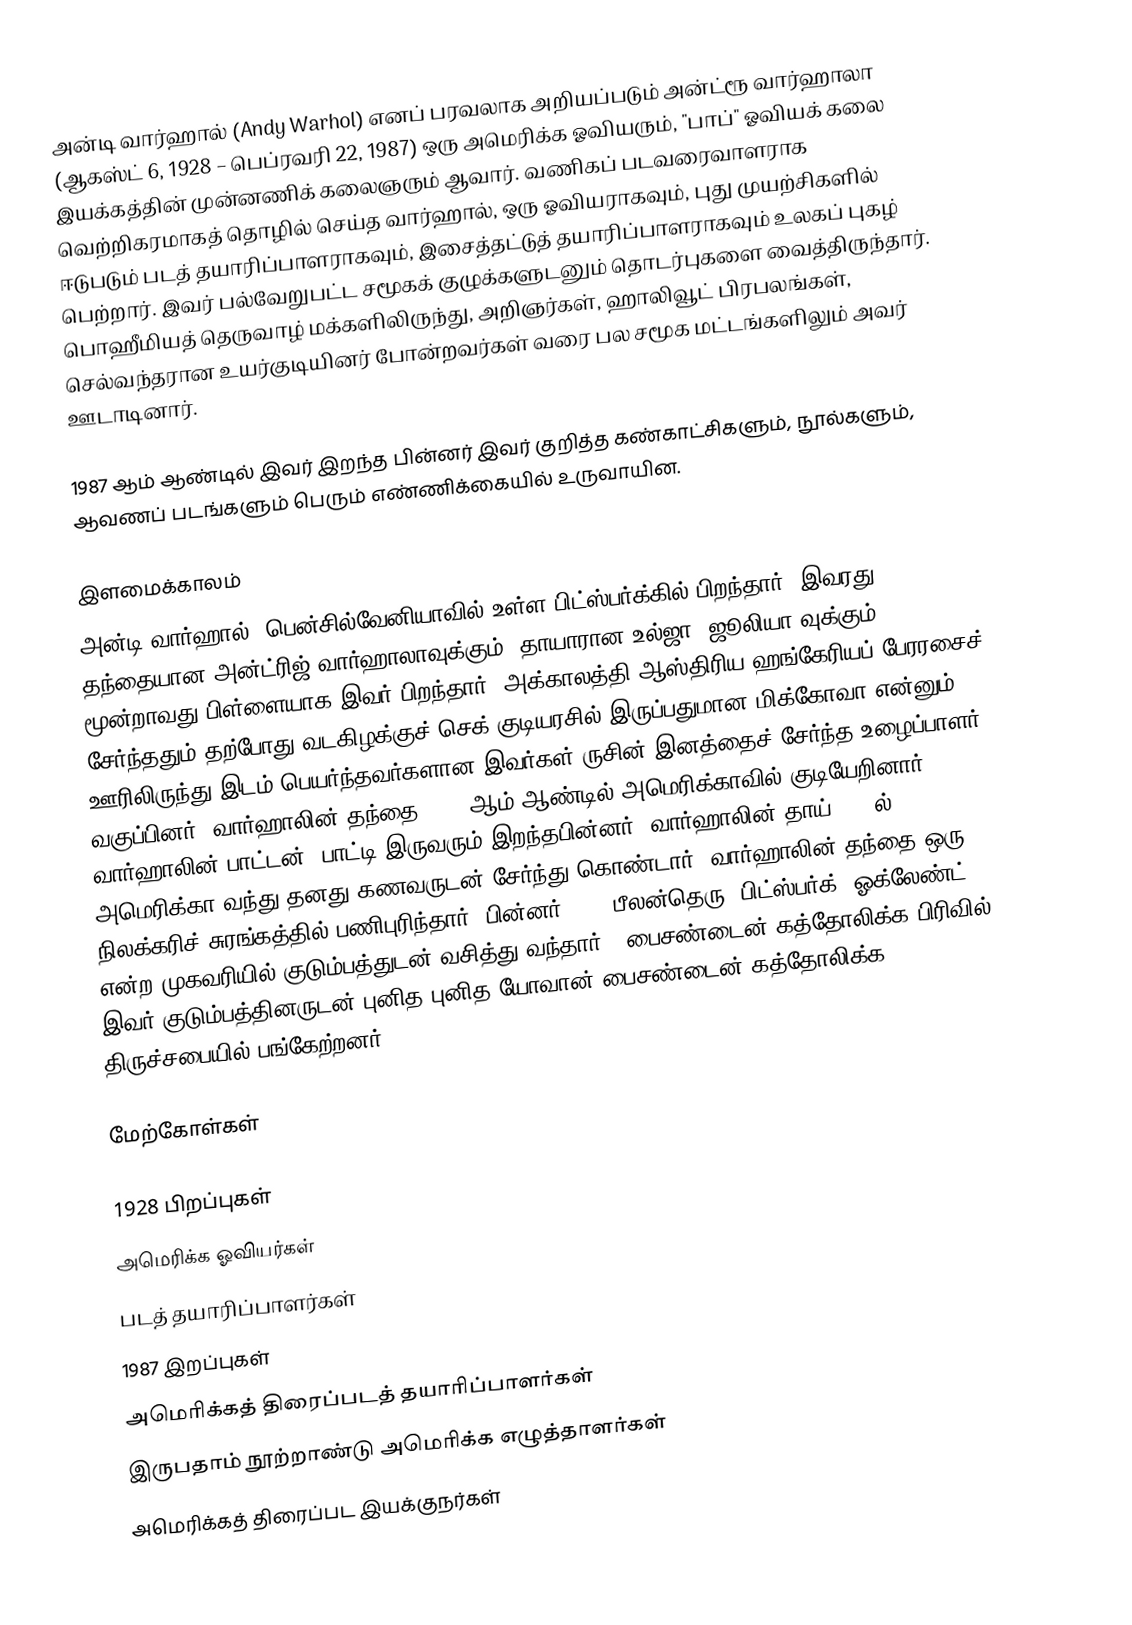
அன்டி வார்ஹால் (Andy Warhol) எனப் பரவலாக அறியப்படும் அன்ட்ரூ வார்ஹாலா (ஆகஸ்ட் 6, 1928 – பெப்ரவரி 22, 1987) ஒரு அமெரிக்க ஓவியரும், "பாப்" ஓவியக் கலை இயக்கத்தின் முன்னணிக் கலைஞரும் ஆவார். வணிகப் படவரைவாளராக வெற்றிகரமாகத் தொழில் செய்த வார்ஹால், ஒரு ஓவியராகவும், புது முயற்சிகளில் ஈடுபடும் படத் தயாரிப்பாளராகவும், இசைத்தட்டுத் தயாரிப்பாளராகவும் உலகப் புகழ் பெற்றார். இவர் பல்வேறுபட்ட சமூகக் குழுக்களுடனும் தொடர்புகளை வைத்திருந்தார். பொஹீமியத் தெருவாழ் மக்களிலிருந்து, அறிஞர்கள், ஹாலிவூட் பிரபலங்கள், செல்வந்தரான உயர்குடியினர் போன்றவர்கள் வரை பல சமூக மட்டங்களிலும் அவர் ஊடாடினார்.

1987 ஆம் ஆண்டில் இவர் இறந்த பின்னர் இவர் குறித்த கண்காட்சிகளும், நூல்களும், ஆவணப் படங்களும் பெரும் எண்ணிக்கையில் உருவாயின.

இளமைக்காலம்
அன்டி வார்ஹால், பென்சில்வேனியாவில் உள்ள பிட்ஸ்பர்க்கில் பிறந்தார். இவரது தந்தையான அன்ட்ரிஜ் வார்ஹாலாவுக்கும், தாயாரான உல்ஜா (ஜூலியா)வுக்கும் மூன்றாவது பிள்ளையாக இவர் பிறந்தார். அக்காலத்தி ஆஸ்திரிய-ஹங்கேரியப் பேரரசைச் சேர்ந்ததும் தற்போது வடகிழக்குச் செக் குடியரசில் இருப்பதுமான மிக்கோவா என்னும் ஊரிலிருந்து இடம் பெயர்ந்தவர்களான இவர்கள் ருசின் இனத்தைச் சேர்ந்த உழைப்பாளர் வகுப்பினர். வார்ஹாலின் தந்தை 1914 ஆம் ஆண்டில் அமெரிக்காவில் குடியேறினார். வார்ஹாலின் பாட்டன், பாட்டி இருவரும் இறந்தபின்னர், வார்ஹாலின் தாய் 1921ல் அமெரிக்கா வந்து தனது கணவருடன் சேர்ந்து கொண்டார். வார்ஹாலின் தந்தை ஒரு நிலக்கரிச் சுரங்கத்தில் பணிபுரிந்தார். பின்னர், 55, பீலன்தெரு, பிட்ஸ்பர்க், ஓக்லேண்ட்  என்ற முகவரியில் குடும்பத்துடன் வசித்து வந்தார்.  ‛பைசண்டைன் கத்தோலிக்க பிரிவில், இவர் குடும்பத்தினருடன் புனித புனித யோவான் பைசண்டைன் கத்தோலிக்க திருச்சபையில் பங்கேற்றனர்.

மேற்கோள்கள்

1928 பிறப்புகள்
அமெரிக்க ஓவியர்கள்
படத் தயாரிப்பாளர்கள்
1987 இறப்புகள்
அமெரிக்கத் திரைப்படத் தயாரிப்பாளர்கள்
இருபதாம் நூற்றாண்டு அமெரிக்க எழுத்தாளர்கள்
அமெரிக்கத் திரைப்பட இயக்குநர்கள்